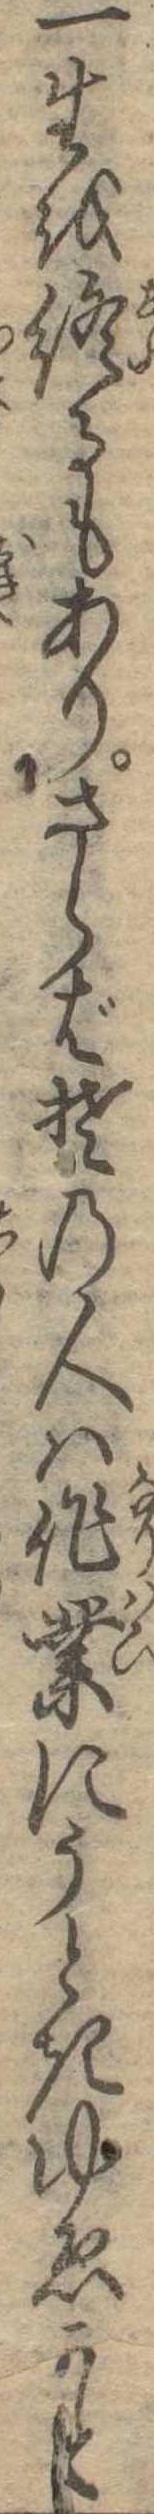
一生を終るもありさらばその人は作業にうときゆゑかと